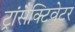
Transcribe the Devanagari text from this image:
ट्रांसैक्टिवेटर